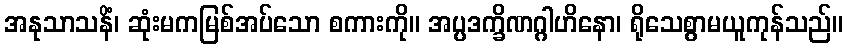
အနုသာသနိံ၊ ဆုံးမကမြစ်အပ်သော စကားကို။ အပ္ပဒက္ခိဏဂ္ဂါဟိနော၊ ရိုသေစွာမယူကုန်သည်။